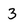
Character: 3